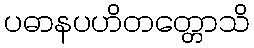
ပဓာနပဟိတတ္တောသိ